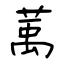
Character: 萭